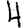
Digit: 4